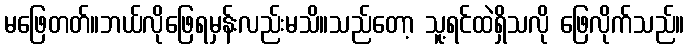
မဖြေတတ်။ဘယ်လိုဖြေရမှန်းလည်းမသိ။သည်တော့ သူ့ရင်ထဲရှိသလို ဖြေလိုက်သည်။